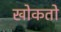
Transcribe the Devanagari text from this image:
खोकतो